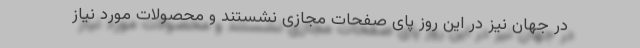
در جهان نیز در این روز پای صفحات مجازی نشستند و محصولات مورد نیاز